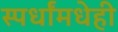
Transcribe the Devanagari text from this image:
स्पर्धांमधेही